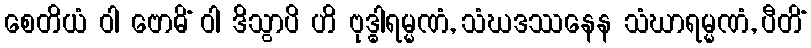
စေတိယံ ဝါ ဗောဓိံ ဝါ ဒိသွာပိ ဟိ ဗုဒ္ဓါရမ္မဏံ, သံဃဒဿနေန သံဃာရမ္မဏံ, ပီတိံ